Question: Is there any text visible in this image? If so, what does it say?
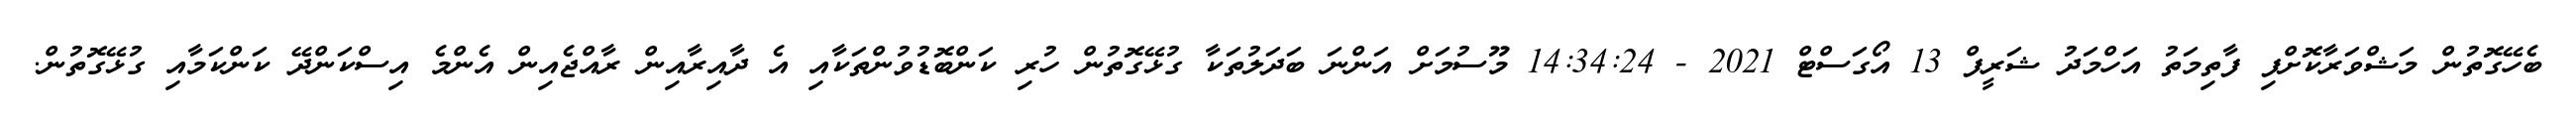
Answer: ބެހޭގޮތުން މަޝްވަރާކޮށްފި ފާތިމަތު އަހްމަދު ޝަރީފް 13 އޯގަސްޓް 2021 - 14:34:24 މޫސުމަށް އަންނަ ބަދަލުތަކާ ގުޅޭގޮތުން ހުރި ކަންބޮޑުވުންތަކާއި އެ ދާއިރާއިން ރާއްޖެއިން އެންމެ އިސްކަންދޭ ކަންކަމާއި ގުޅޭގޮތުން.